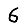
Digit: 6